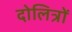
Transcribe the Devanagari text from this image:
दोलित्रों